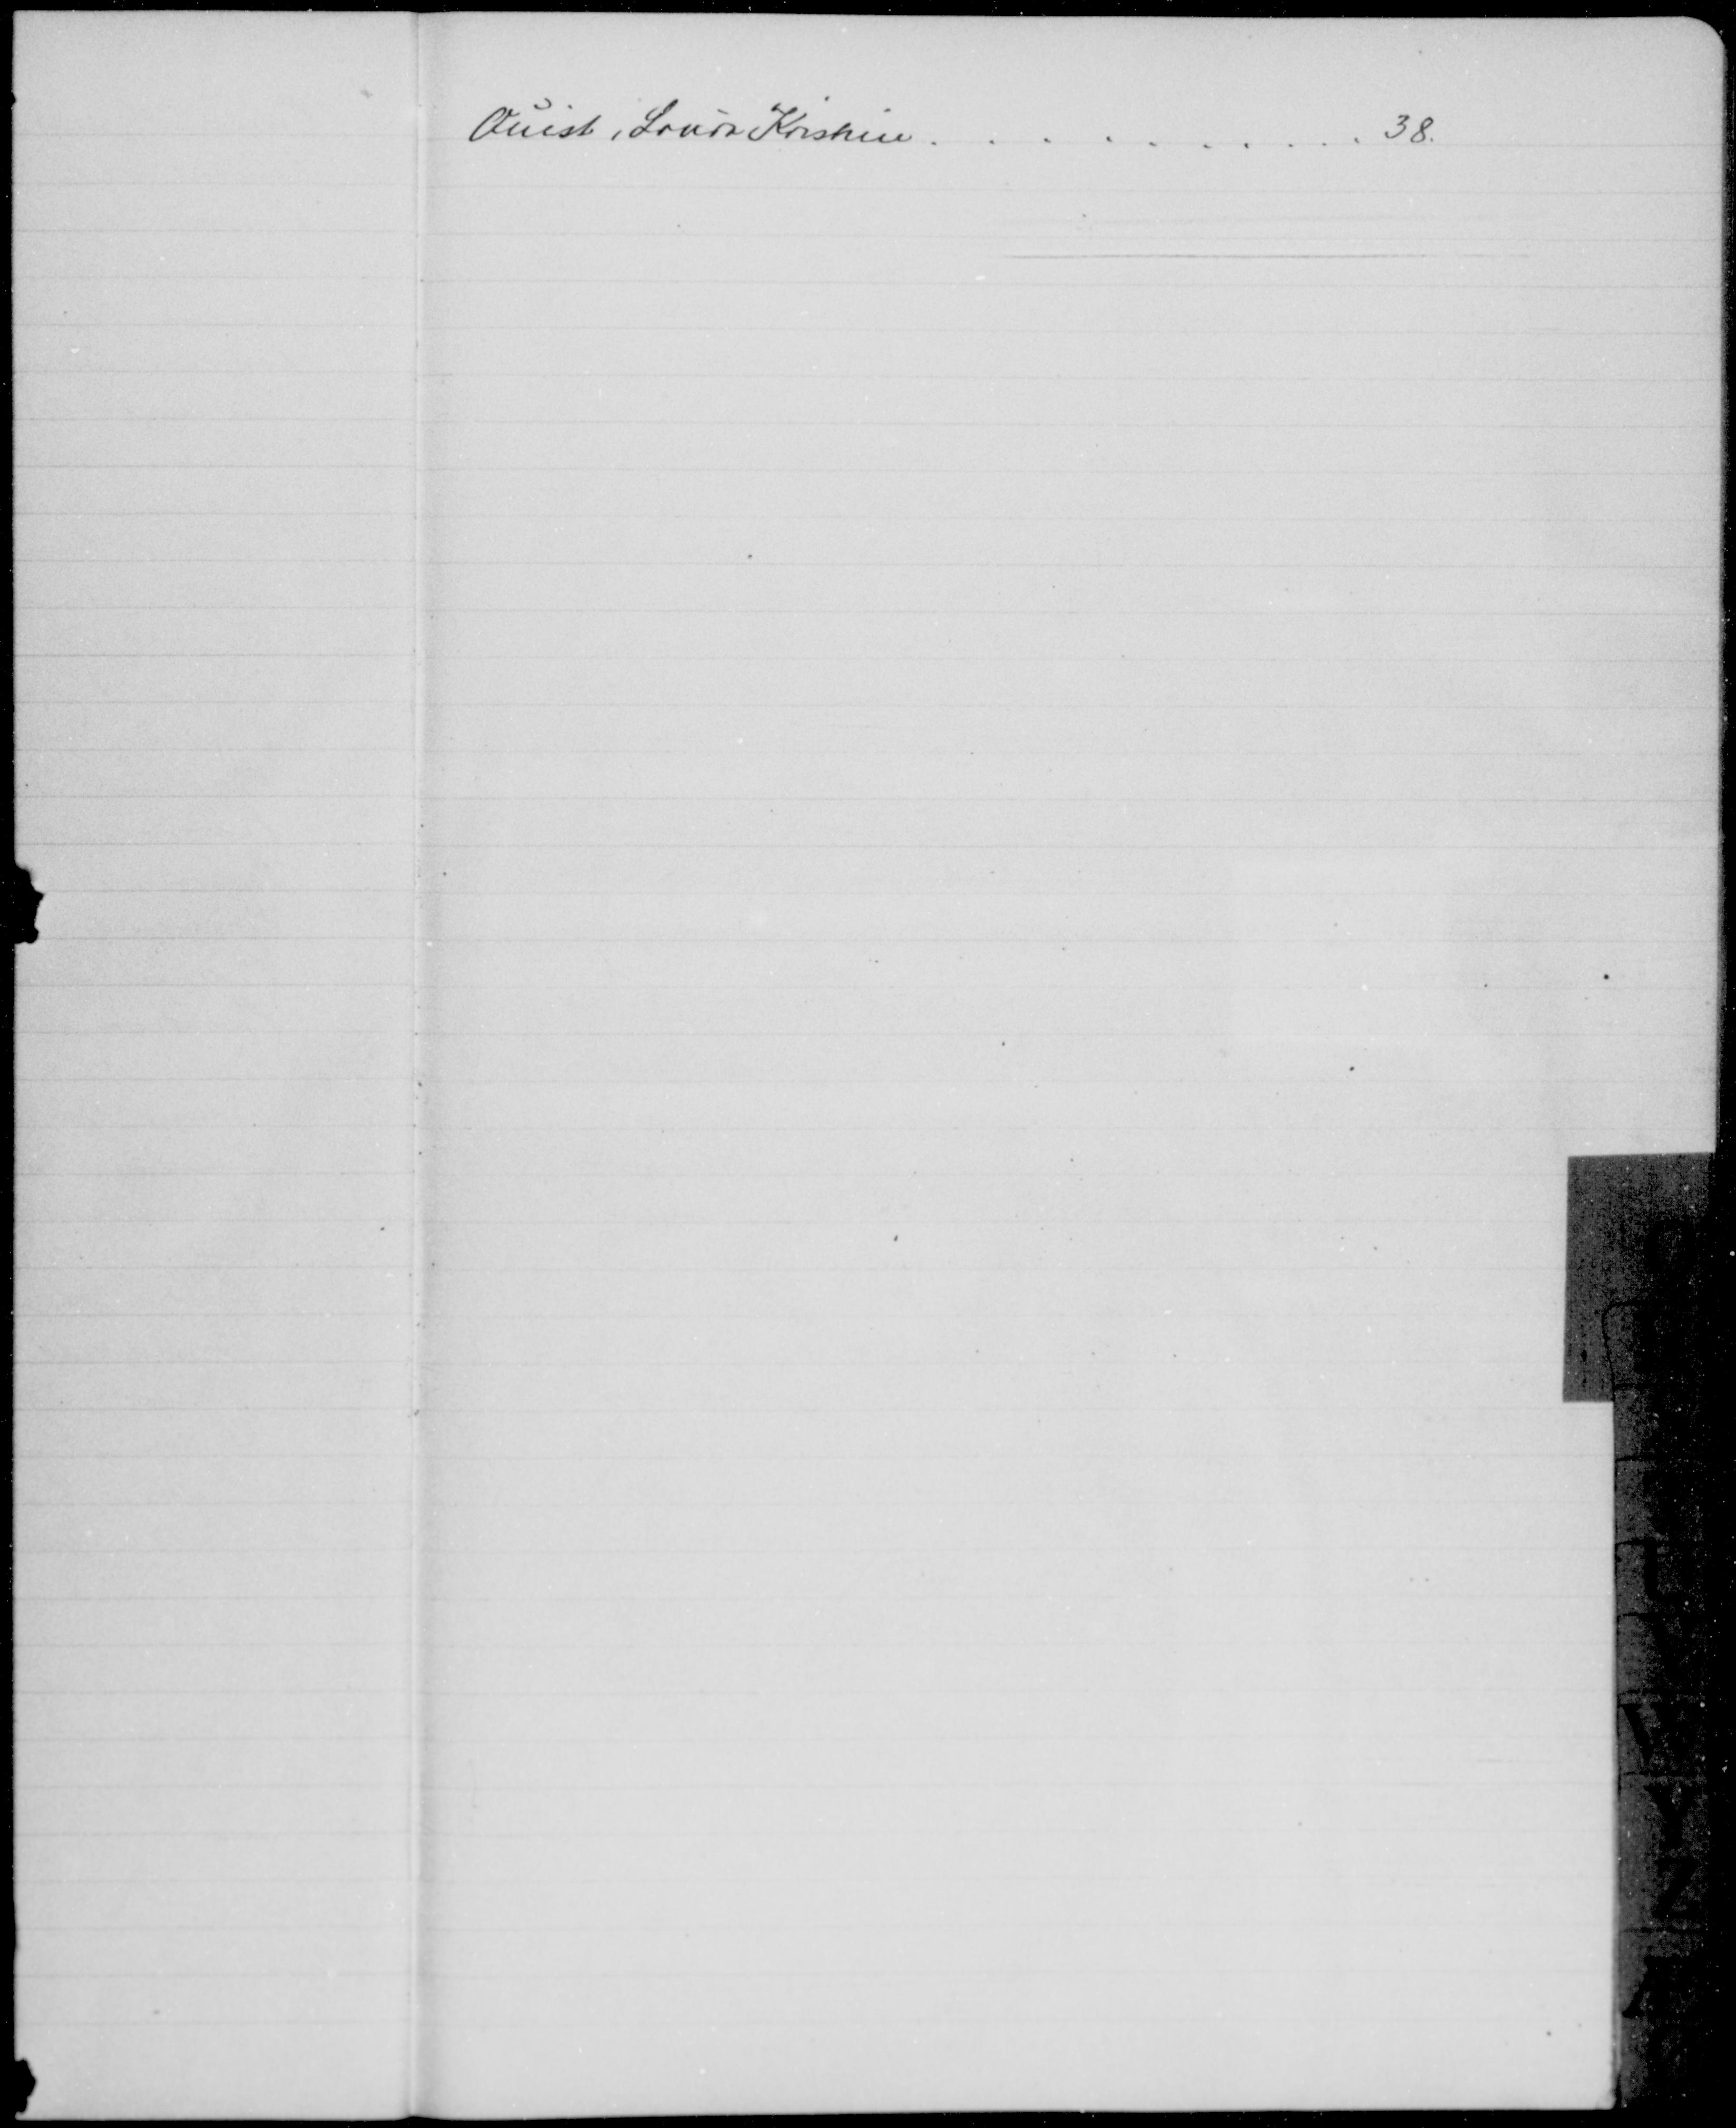
Transskription:
Quist, Laura Kristine
38